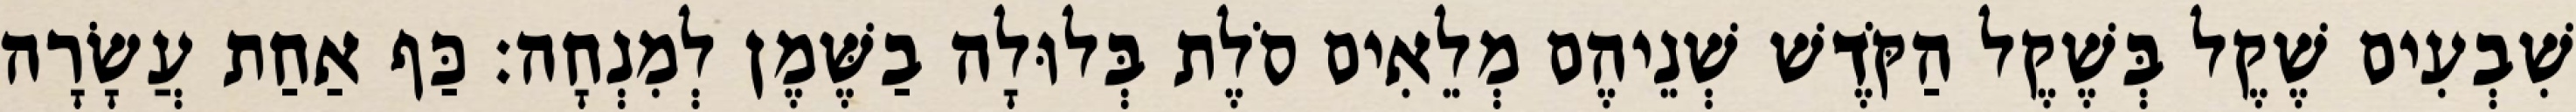
שִׁבְעִים שֶׁקֶל בְּשֶׁקֶל הַקֹּדֶשׁ שְׁנֵיהֶם מְלֵאִים סֹלֶת בְּלוּלָה בַשֶּׁמֶן לְמִנְחָה׃ כַּף אַחַת עֲשָׂרָה